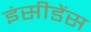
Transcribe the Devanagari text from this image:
इंसीडेंस